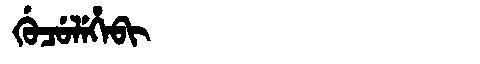
Manchu: ᡤᡠᠴᡠᠯᡝᡥᡝᠪᡳ
Romanization: GUCULEHEBI